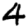
Digit: 4